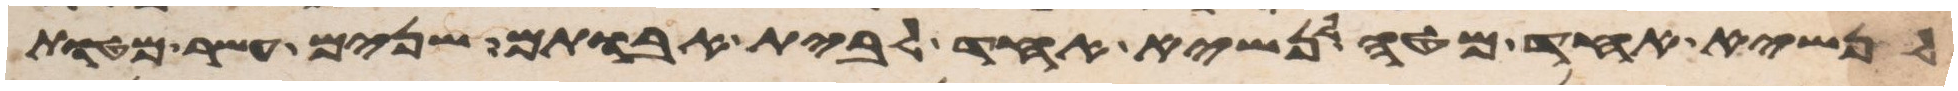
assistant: לנשיא אחד מטה לנשיא אחד לבית אבותם שנים עשר מטות